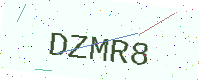
Text: DZMR8